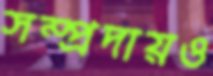
সম্প্রদায়ও